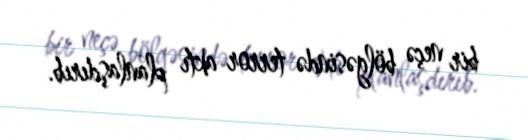
bir neçə bölgəsində terror aktı planlaşdırıb.